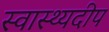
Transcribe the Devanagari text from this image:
स्वास्थ्यदीप